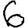
Digit: 6